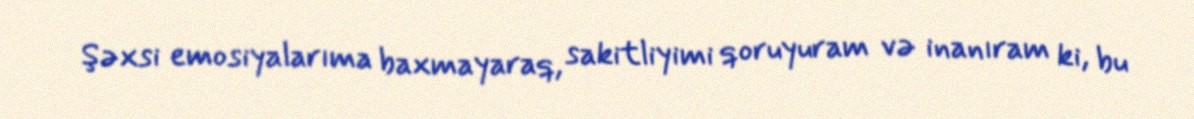
Şəxsi emosiyalarıma baxmayaraq, sakitliyimi qoruyuram və inanıram ki, bu